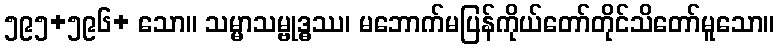
၅၉၅+၅၉၆+ သော။ သမ္မာသမ္ဗုဒ္ဓဿ၊ မဘောက်မပြန်ကိုယ်တော်တိုင်သိတော်မူသော။